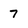
Character: 7